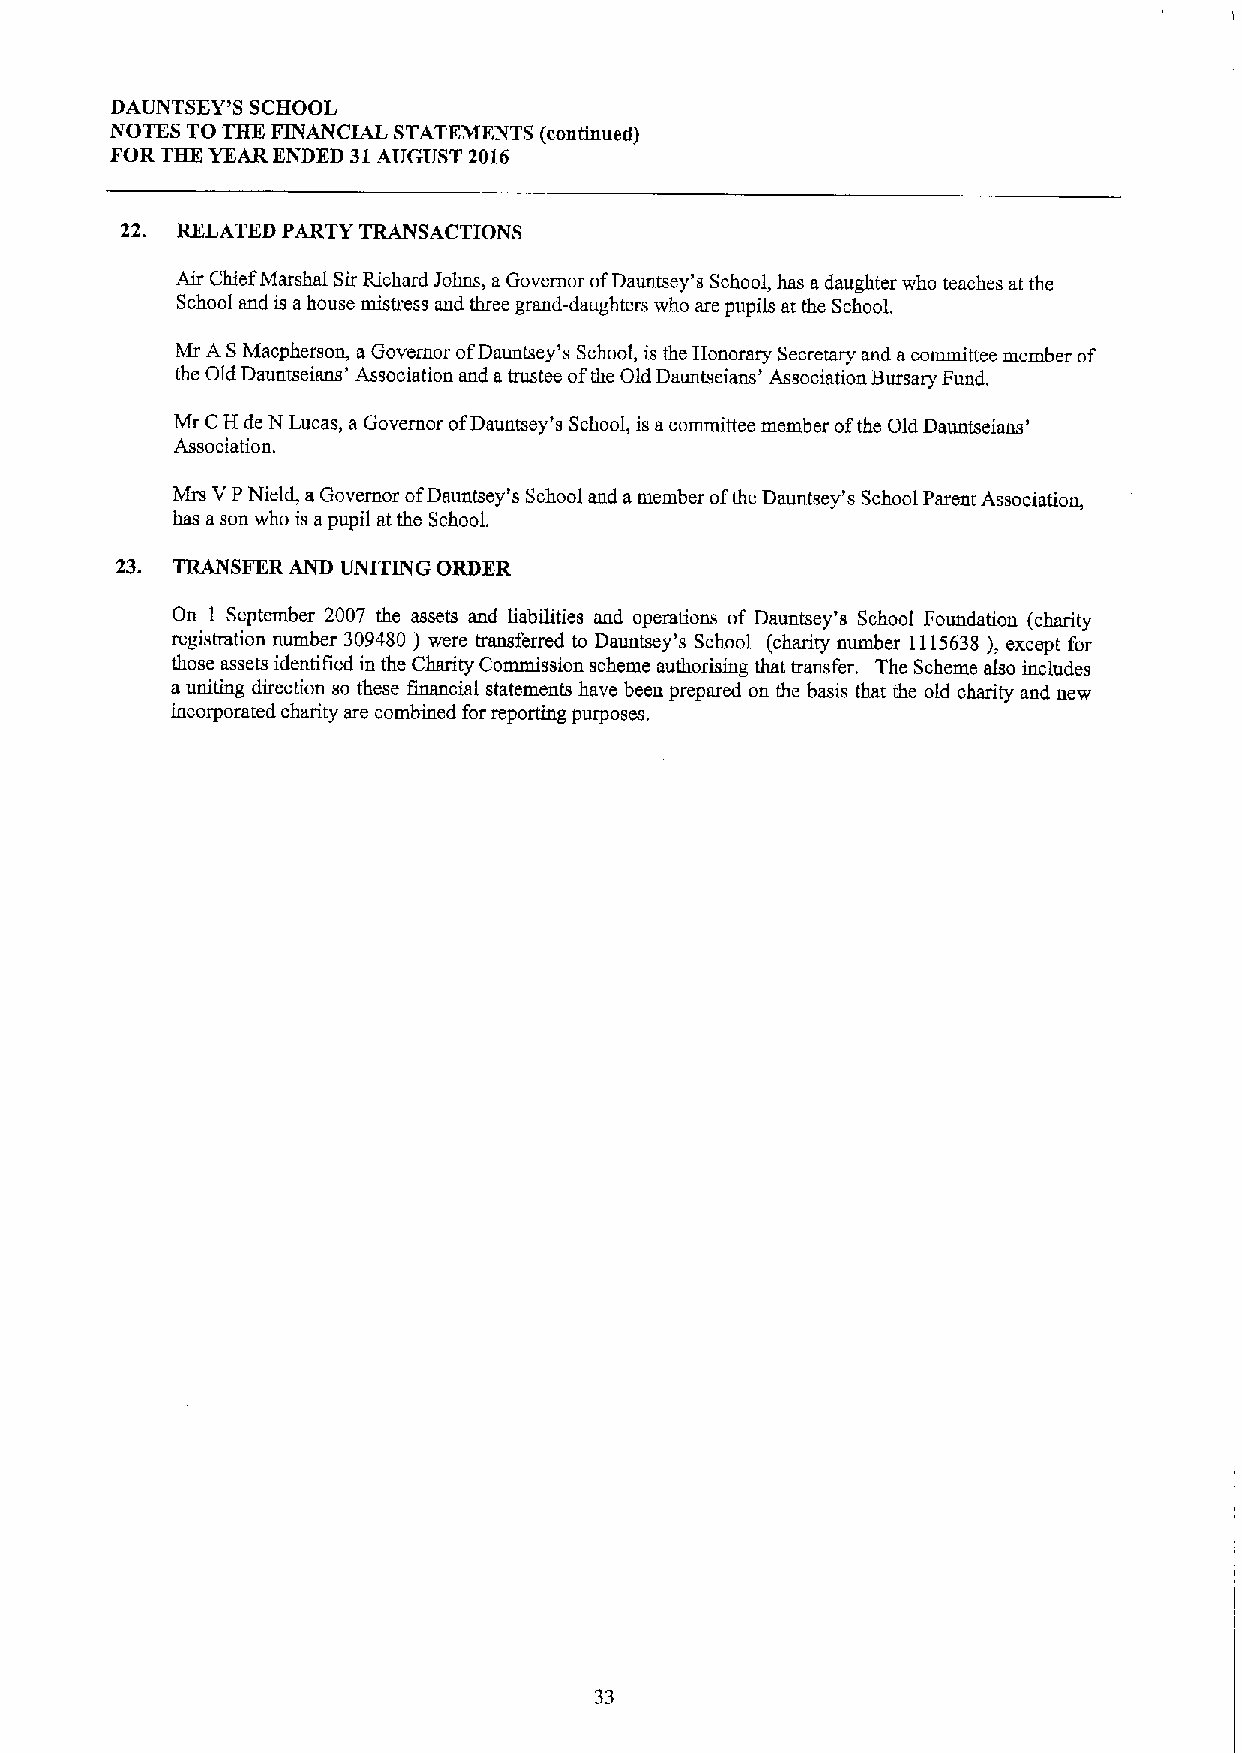
DAUNTSEY'S SCHOOL
 NOTES TO THE FINANCIAL STATEMENTS (continued)
 FOR THE YEAR ENDED 31AUGUST 2016
 22. RELATED PARTY TRANSACTIONS
 Air Chief Marshal SirRichard Johns, aGovernor ofDauntsey's School, has adaughter who teaches at the
 School and is ahouse mistress and three grand-daughters who are pupils at the School.
 Mr ASMacpherson, aGovernor ofDauntsey's School, is the Honorary Secretary and acommittee member of
 the Old Dauntseians' Association and atrustee ofthe Old Dauntseians' Association Bursary Fund.
 Mr CH de N Lucas, aGovernor ofDauntsey's School, is acommittee member ofthe Old Dauntseians'
 Association.
 Mrs VPNield, aGovernor ofDauntsey's School and amember ofthe Dauntsey's School Parent Association,
 bas ason who is apupil at the School.
 ~SFER
 23.        AND UNITING ORDER
 On 1 September 2007 the assets and liabilities and operations of Dauntsey's School Foundation (charity
 registration number 309480 ) were transferred to Dauntsey's School (charity number 1115638), except for
 those assets identified in the Charity Commission scheme authorising that transfer. The Scheme also includes
 auniting direction so these financial statements have been prepared on the basis that the old charity and new
 incorporated charity are combined for reporting purposes.
 33